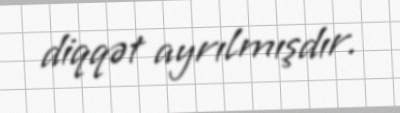
diqqət ayrılmışdır.